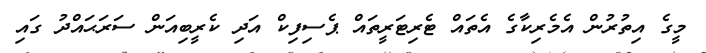
މީގެ އިތުރުން އެމެރިކާގެ އެތައް ޓެރިޓަރީތައް ޕެސިފިކް އަދި ކެރީބިއަން ސަރަޙައްދު ގައި